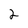
Character: 2